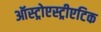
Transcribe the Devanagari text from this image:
ऑस्ट्रोएस्ट्रीएटिक